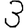
Digit: 3